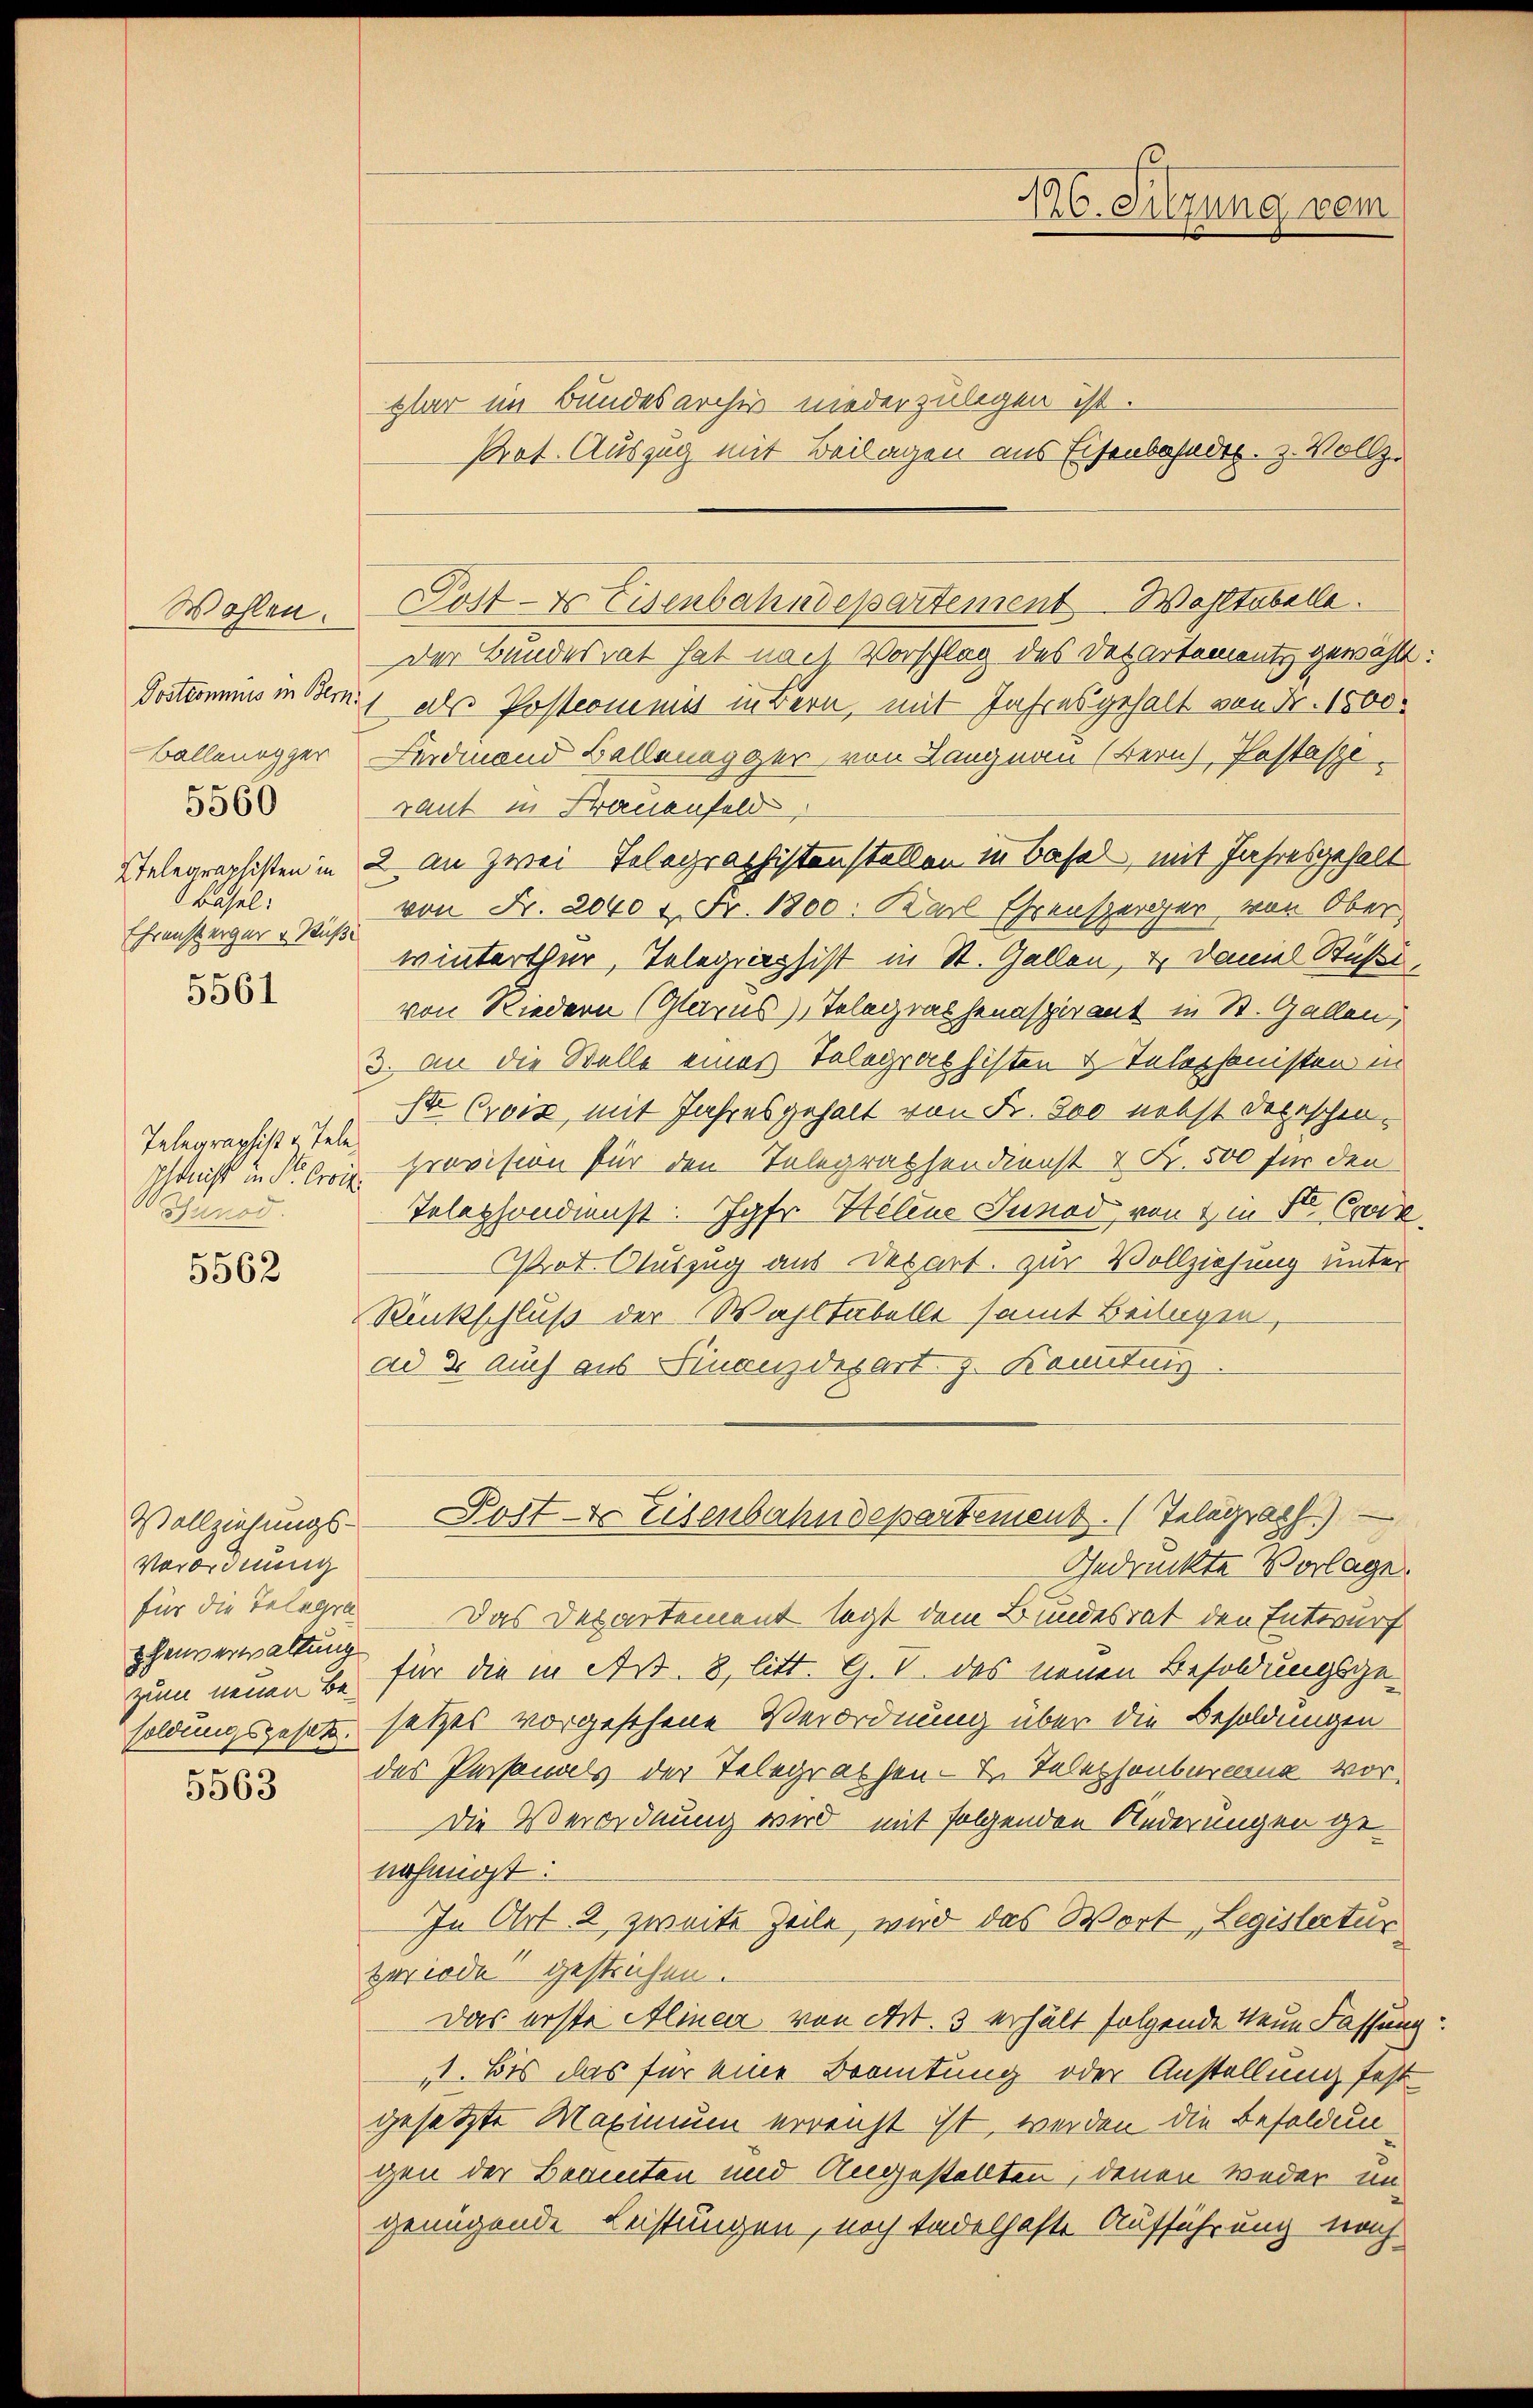
Wohlen.
Postcommis in Bern
Ballenegger
5560
Etelegraphisten in
Basel:
Ehrensperger u. Ruß
5561

Telegraphist u. Tele
Ichtnis in Str. Orviz
Bunod.

5562

Vollziehungs-
Verordnung
phenverwaltung

5563

plar im Bundesarchiv niederzulegen ist.
Prot. Auszug mit Beilagen aus Eisenbahndep. z. Vollz
Der Bundesrat hat nach Vorschlag des Detartementz gewählt.
dl als Postcommit in Bern, mit Jahresgehalt von Fr. 1500.
Ferdinand Bellenegger von Langnau (Bern, Pastaste
raut in Frauenfeld
2 an zwei Telegraphistenstellen in Basel, mit Jahresgehalt
von Fr. 2040 1 Fr. 1800. Karl Ehrensperger von Ober
winterthur, Telegraphist in St. Gallen, u. Daniel Stüßi,
von Riedern (Glarus, Telegraphenaspirant in St. Gallen,
3. An die Stelle eines Telegras histen & Telephonisten in
ste Crois mit Jahresgehalt von Fr. 800 nebst Depeschen¬
Prevision für den Telegraphendienst & Fr. 500 für den
Telephondienst. Jahr Helene Junod, von & in St. Ce
Prot. Auszug aus Depart. zur Vollziehung unter
Ruckschluß der Wahltabellt samt Beilagen,
ad 2. Auch aus Finanzdepart z. Kantung.
Post- & Eisenbahndepartement. (Telegraph.)
Gedruckte Vorlage.
für die Telegen Das Departement legt dem Bundesrat den Entwurf
zum neuen be für die in Art. 8, litt. G. V. das neuen Besoldungsgesoldungsgesetz setzes vorgesehene Verordnung über die Besoldungen
des Personals der Telegraphen- u. Telephonburgung vor¬
Die Verordnung wird mit folgenden Änderungen genehmigt:
In Art 2 zweite Zeile, wird das Wort Legislatur
periode gestrichen.
Das erste Alinea von Art. 3 erhält folgende Neue Fassung:
. Bis das für eine Beamtung oder Anstellung festgesetzte Maximum erreicht ist, werden die Besoldungen der Beamten und Angestellten, denen weder un
genügende Leistungen, noch tadelhafte Aufführung noch

Post- & Eisenbahndepartement Wohltabelle.

196. Sitzung dem